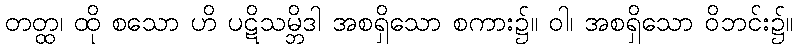
တတ္ထ၊ ထို စသော ဟိ ပဋိသမ္ဘိဒါ အစရှိသော စကား၌။ ဝါ၊ အစရှိသော ဝိဘင်း၌။